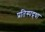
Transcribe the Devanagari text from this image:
प्रतिस्पद्र्धा